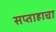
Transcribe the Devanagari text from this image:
सप्ताहाचा